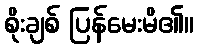
စိုးချစ် ပြန်မေးမိ၏။